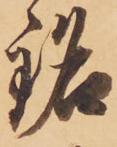
銘